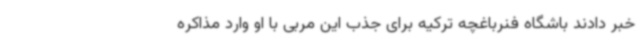
خبر دادند باشگاه فنرباغچه ترکیه برای جذب این مربی با او وارد مذاکره